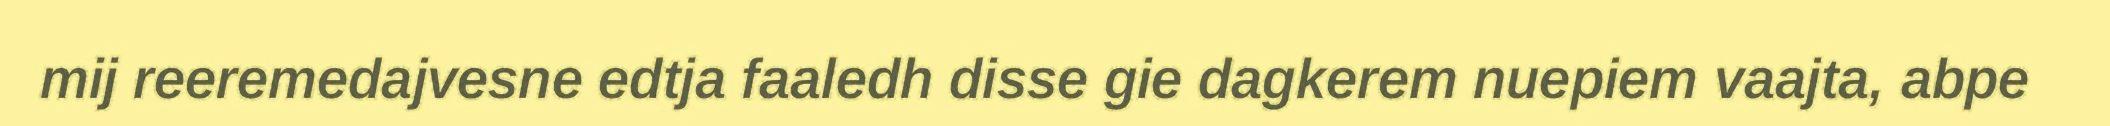
mij reeremedajvesne edtja faaledh disse gie dagkerem nuepiem vaajta, abpe